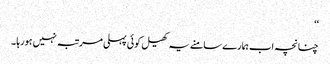
‘‘
چنانچہ اب ہمارے سامنے یہ کھیل کوئی پہلی مرتبہ نہیں ہورہا ۔